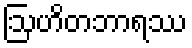
ဩဟိတဘာရဿ